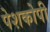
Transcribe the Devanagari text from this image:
पेशकोपी